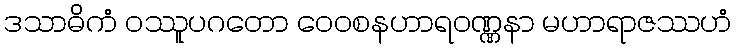
ဒသာဓိကံ ဝဿူပဂတော ဝေဝစနဟာရဝဏ္ဏနာ မဟာရာဇဿဟံ